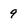
Character: 9